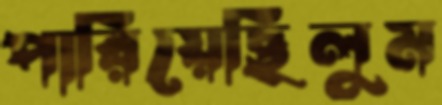
পারিয়েছিলুম